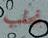
نجلب